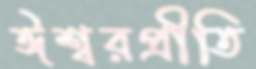
ঈশ্বরপ্রীতি